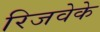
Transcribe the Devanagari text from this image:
रिजवेके